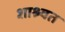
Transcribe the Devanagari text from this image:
शाश्र्वत